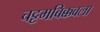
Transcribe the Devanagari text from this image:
चट्टमबिक्कवला